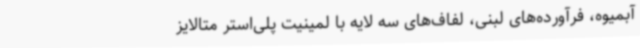
آبمیوه، فرآورده‌های لبنی، لفاف‌های سه لایه با لمینیت پلی‌استر متالایز